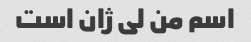
اسم من لی ژان است